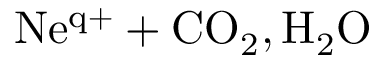
\mathrm { N e ^ { q + } + C O _ { 2 } , H _ { 2 } O }